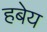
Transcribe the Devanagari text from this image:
हबेय